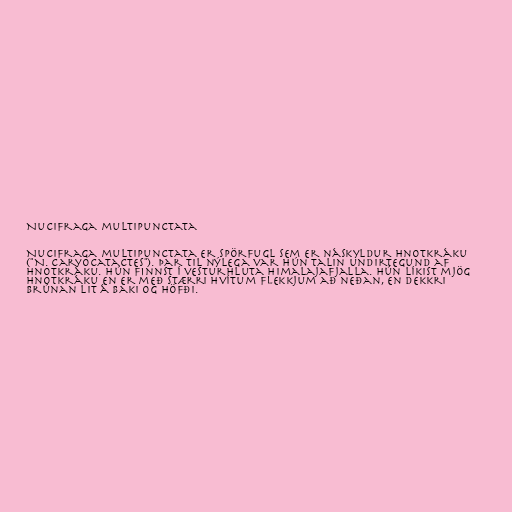
Nucifraga multipunctata

Nucifraga multipunctata er spörfugl sem er náskyldur hnotkráku
("N. caryocatactes"). Þar til nýlega var hún talin undirtegund af
hnotkráku. Hún finnst í vesturhluta Himalajafjalla. Hún líkist mjög
hnotkráku en er með stærri hvítum flekkjum að neðan, en dekkri
brúnan lit á baki og höfði.